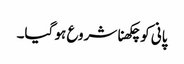
پانی کو چکھنا شروع ہو گیا۔